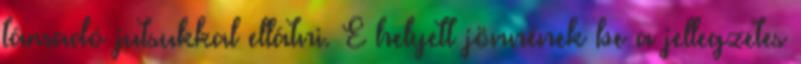
támadó jutsukkal ellátni. E helyett jönnének be a jellegzetes